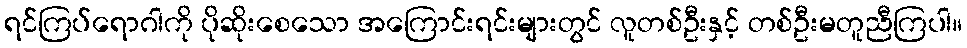
ရင်ကြပ်ရောဂါကို ပိုဆိုးစေသော အကြောင်းရင်းများတွင် လူတစ်ဦးနှင့် တစ်ဦးမတူညီကြပါ။